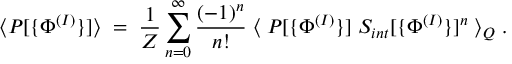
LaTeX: \langle P [ \{ \Phi ^ { ( I ) } \} ] \rangle \; = \; \frac { 1 } { Z } \sum _ { n = 0 } ^ { \infty } \frac { ( - 1 ) ^ { n } } { n ! } \; \langle \; P [ \{ \Phi ^ { ( I ) } \} ] \; S _ { i n t } [ \{ \Phi ^ { ( I ) } \} ] ^ { n } \; \rangle _ { Q } \; .